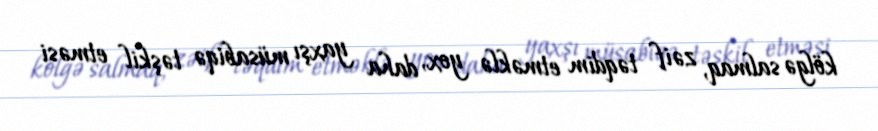
kölgə salmaq, zəif təqdim etməklə yox, daha yaxşı müsabiqə təşkil etməsi